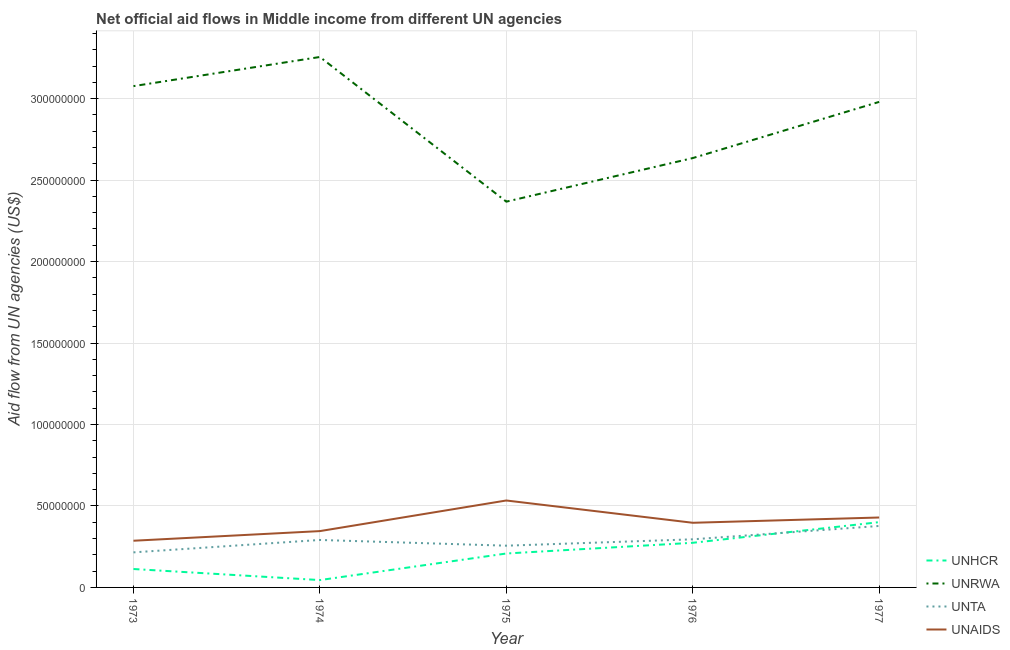
| Year | UNHCR | UNRWA | UNTA | UNAIDS |
 | --- | --- | --- | --- | --- |
 | 1973 | 1.13e+07 | 3.08e+08 | 2.15e+07 | 2.87e+07 |
 | 1974 | 4.51e+06 | 3.26e+08 | 2.91e+07 | 3.46e+07 |
 | 1975 | 2.08e+07 | 2.37e+08 | 2.56e+07 | 5.34e+07 |
 | 1976 | 2.74e+07 | 2.64e+08 | 2.95e+07 | 3.97e+07 |
 | 1977 | 4.01e+07 | 2.98e+08 | 3.77e+07 | 4.29e+07 |